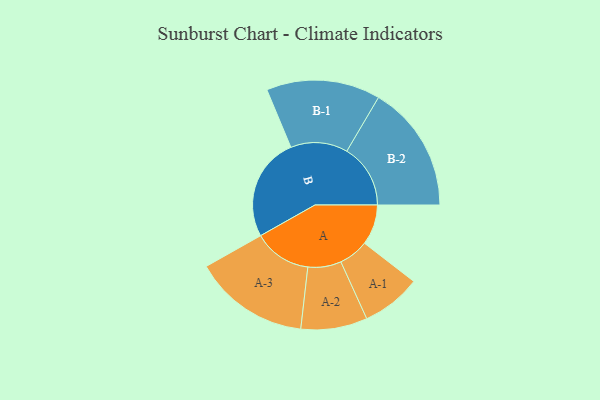
{"axis": {"x": "Segment", "y": "Value"}, "legend": ["", "A", "B"], "data": [{"x": "A", "y": 187, "type": ""}, {"x": "B", "y": 480, "type": ""}, {"x": "A-1", "y": 138, "type": "A"}, {"x": "A-2", "y": 154, "type": "A"}, {"x": "A-3", "y": 268, "type": "A"}, {"x": "B-1", "y": 264, "type": "B"}, {"x": "B-2", "y": 295, "type": "B"}]}